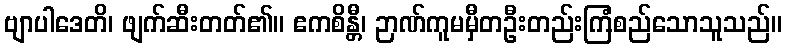
ဗျာပါဒေတိ၊ ဖျက်ဆီးတတ်၏။ ဧကစိန္တီ၊ ဉာဏ်ကူမမှီတဦးတည်းကြံစည်သောသူသည်။